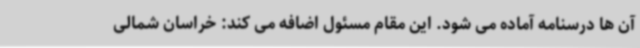
آن ها درسنامه آماده می شود. این مقام مسئول اضافه می کند: خراسان شمالی